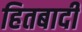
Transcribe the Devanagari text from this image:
हितबादी